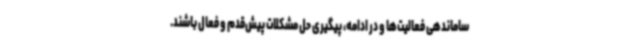
ساماندهی فعالیت‌ها و در ادامه، پیگیری حل مشکلات پیش‌قدم و فعال باشند.